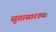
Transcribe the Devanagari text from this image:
सुतासारख्या